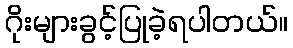
ဂိုးများခွင့်ပြုခဲ့ရပါတယ်။